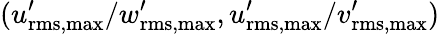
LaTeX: ({u_{\mathrm{rms,max}}^{\prime}}/{w_{\mathrm{rms,max}}^{\prime}},{u_{\mathrm{rms,max}}^{\prime}}/{v_{\mathrm{rms,max}}^{\prime}})